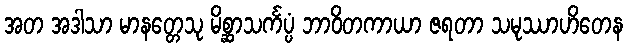
အတ အဒါသာ မာနတ္တေသု မိစ္ဆာသင်္ကပ္ပံ ဘာဝိတကာယာ ဇရတာ သမုဿာဟိတေန